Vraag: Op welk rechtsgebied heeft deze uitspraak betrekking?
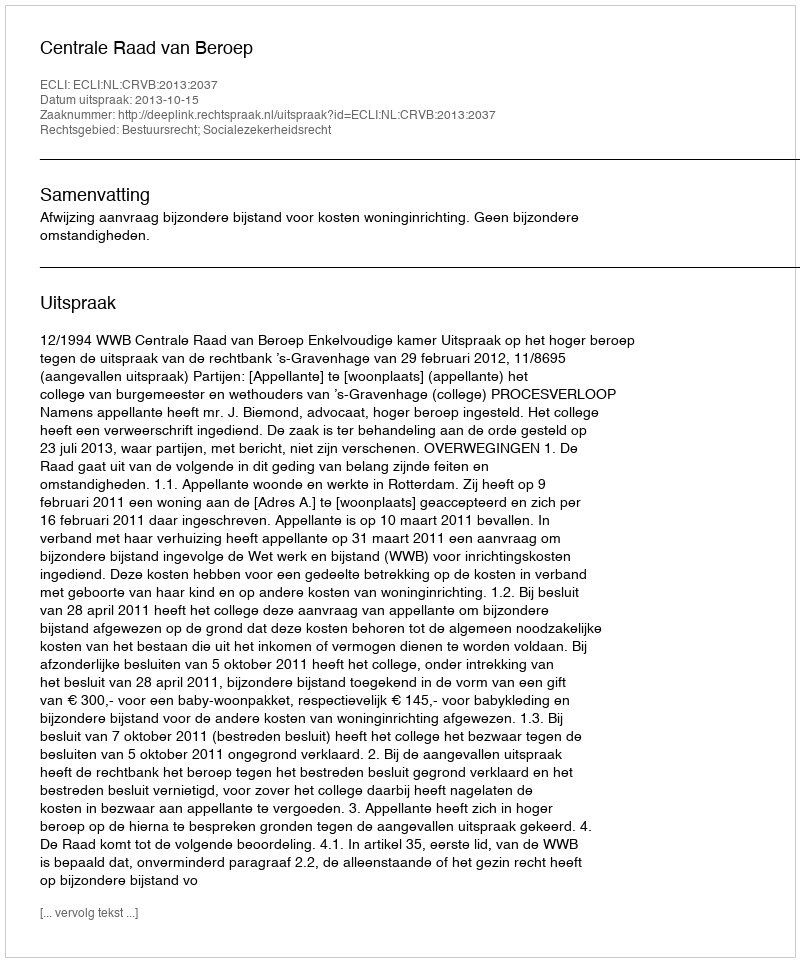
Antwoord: Bestuursrecht; Socialezekerheidsrecht